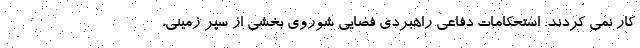
کار نمی کردند. استحکامات دفاعی راهبردی فضایی شوروی بخشی از سپر زمینی،